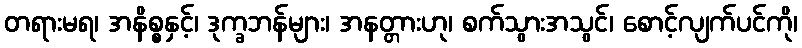
တရားမရ၊ အနိစ္စနှင့်၊ ဒုက္ခဘန်များ၊ အနတ္တားဟု၊ စက်သွားအသွင်၊ စောင့်လျက်ပင်ကို၊